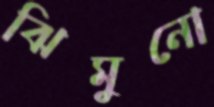
ঝিমুনো